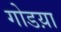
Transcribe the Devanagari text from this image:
गोडय़ा